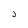
Character: J